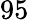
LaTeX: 95